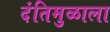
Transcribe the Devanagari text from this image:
दंतिमुळाला